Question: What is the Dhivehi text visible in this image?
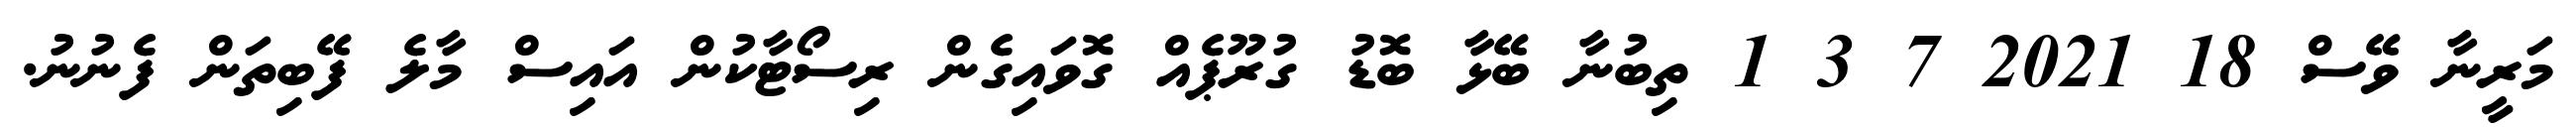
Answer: މަރީނާ ވޭސް 18 2021 7 3 1 ތިބުނާ ބޭޅާ ބޮޑު ގުރޫޕެއް ގޮވައިގެން ރިސޯޓާކުން އައިސް މާލެ ފޭބިތަން ފެނުނު.